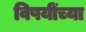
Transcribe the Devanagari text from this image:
विषयींच्या